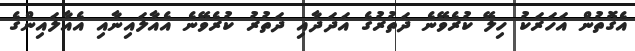
އެގޮތުން އަހަރަކު ހިލޭ ކުރެވޭނެ ދަތުރުގެ އަދަދާއި ދަތުރު ކުރެވޭނެ އެއާލައިނާއި އެއާލައިންގެ